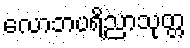
လောဘပရိညာသုတ္တ